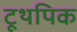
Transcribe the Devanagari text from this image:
टूथपिक